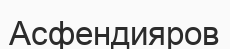
Асфендияров